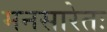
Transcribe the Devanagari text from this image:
मनसारेतः